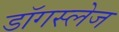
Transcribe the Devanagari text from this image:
डॉगस्लेज